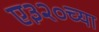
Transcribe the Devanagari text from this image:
ए३२०च्या